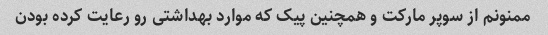
ممنونم از سوپر مارکت و همچنین پیک که موارد بهداشتی رو رعایت کرده بودن